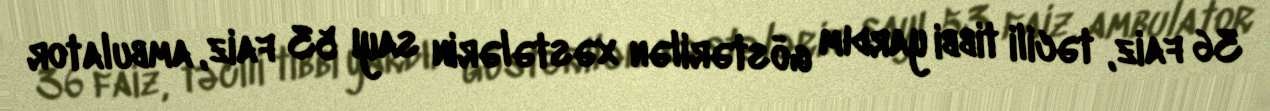
36 faiz, təcili tibbi yardım göstərilən xəstələrin sayı 53 faiz, ambulator